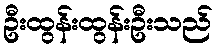
ဦးထွန်းထွန်းဦးသည်